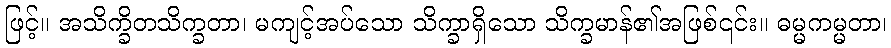
ဖြင့်။ အသိက္ခိတသိက္ခတာ၊ မကျင့်အပ်သော သိက္ခာရှိသော သိက္ခမာန်၏အဖြစ်၎င်း။ ဓမ္မကမ္မတာ၊